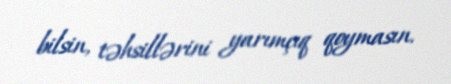
bilsin, təhsillərini yarımçıq qoymasın.